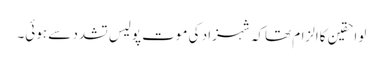
لواحقین کاالزام تھاکہ شہزاد کی موت پولیس تشدد سے ہوئی۔